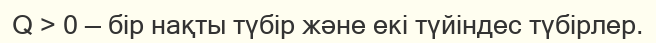
Q > 0 — бір нақты түбір және екі түйіндес түбірлер.